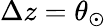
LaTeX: \Delta z=\theta_{\odot}